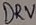
Text: DRV